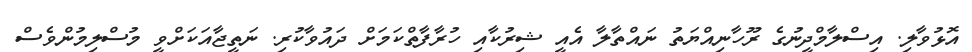
އޮޅުވާލި. އިސްލާމްދީނުގެ ރޫހާނިއްޔަތު ނައްތާލާ އެއީ ޝިރުކާއި ހުރާފާތްކަމަށް ދައުވާކުރި. ނަތީޖާއަކަށްވީ މުސްލިމުންވެސް